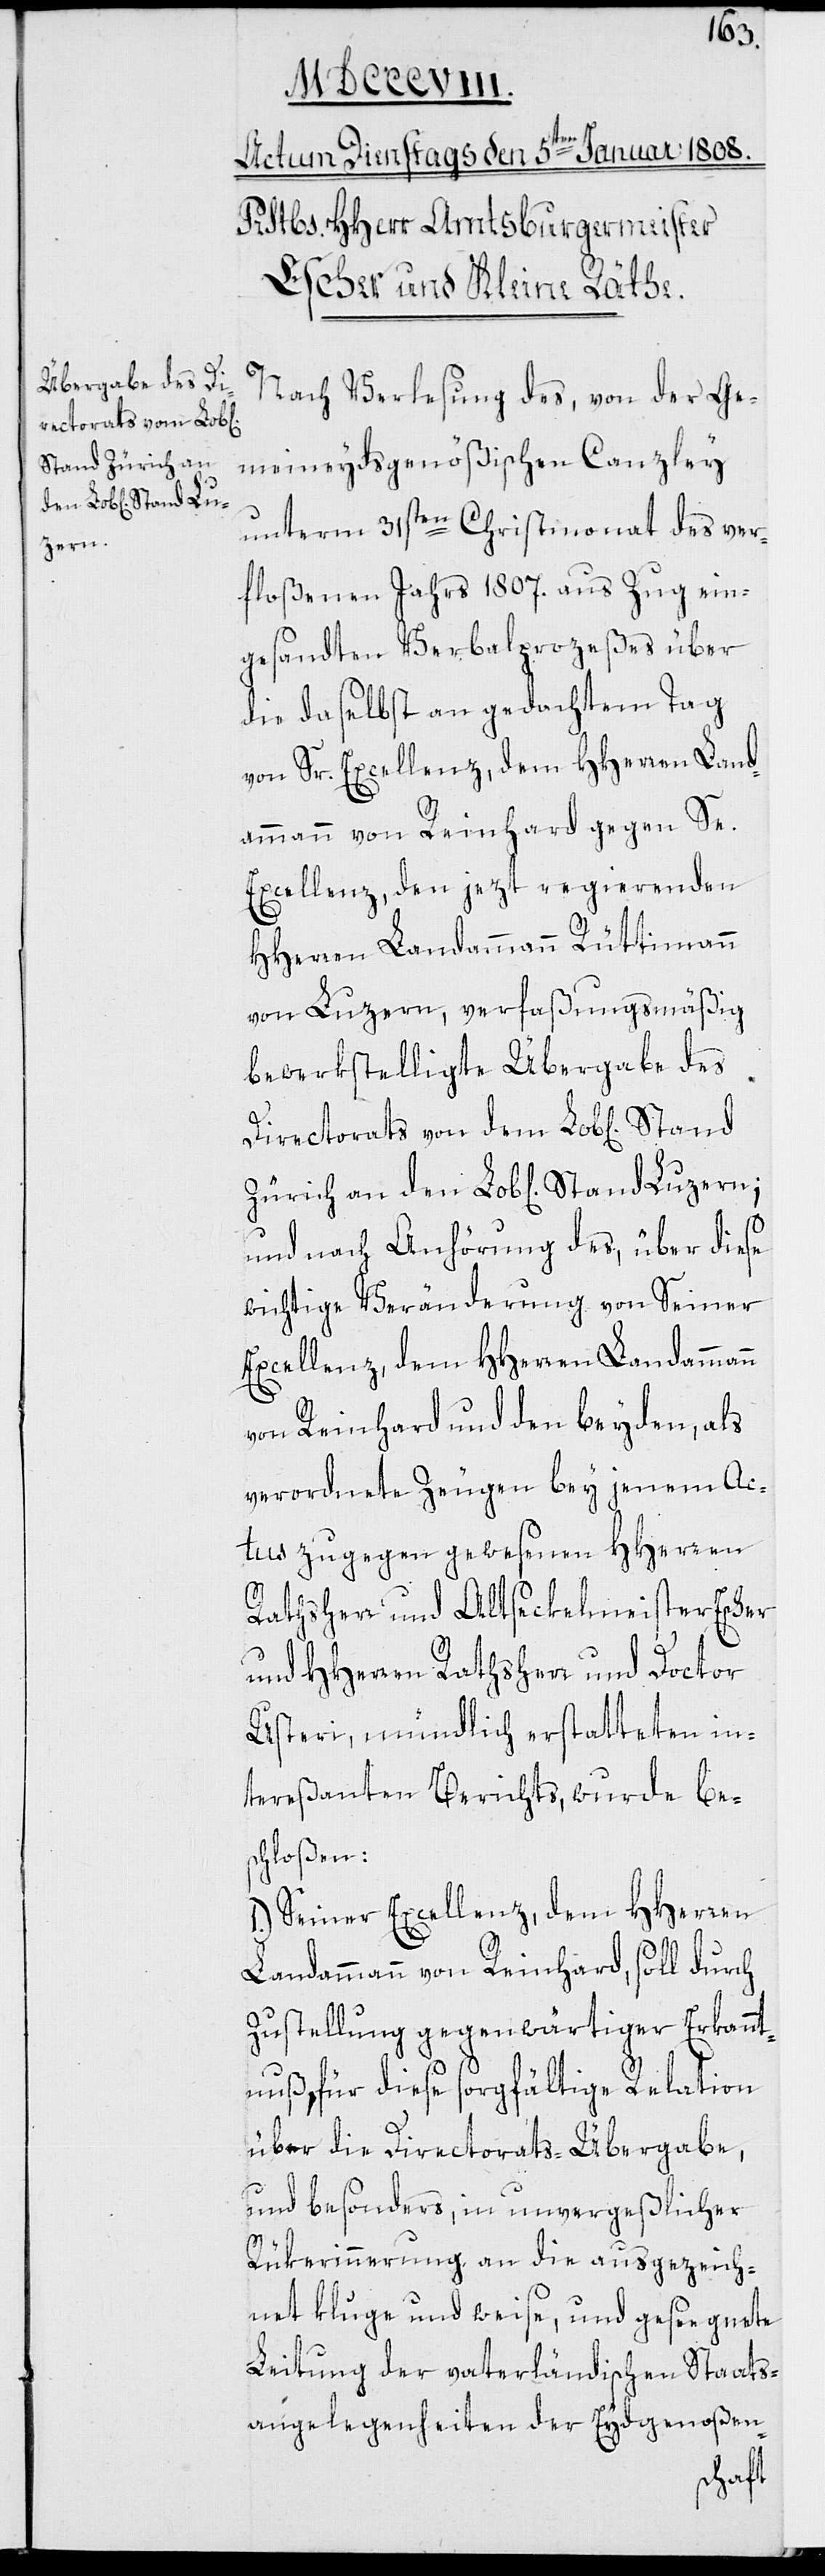
Stand Zürich an

den
Nach Verlesung des, von der ge¬
meineydsgenößischen Canzlei
unterm 31sten Christmonat des ver¬
floßenen Jahrs 1807. aus Zug ein¬
gesandten Verbalprozeßes über
die daselbst an gedachtem Tag
von Reinhard gegen Se.
Excellenz, den jezt regierenden
HHerren Landammann Rüttimann
von Luzern, verfaßungsmäßig
bewerkstelligte Übergabe des
Directorats von dem Lob[lichen]
und nach Anhörung des über diese
wichtige Veränderung von Seiner
Excellenz dem HHerren Landammann
von Reinhard und den beyden, als
verordnete Zeugen bey jenem Ac¬
tus zugegen gewesenen HHerren
Sr.
Rathsherr und Altseckelmeister Escher
und Hherren Rathsherr und Doctor
Usteri, mündlich erstatteten in¬
tereßanten Berichts, wurde be¬
schloßen:
1.) Seiner Excellenz dem HHerren
Landammann von Reinhard, soll durch
Zustellung gegenwärtiger Erkannt¬
nuß, für dieße sorgfältige Relation
über die Directorats-Übergabe,
und besonders in unvergeßlicher
Rükerinnerung an die ausgezeich¬
net kluge und weise, und gesegnete
Leitung der vaterländischen Staats¬
angelegenheiten der Eydsgenoßen-